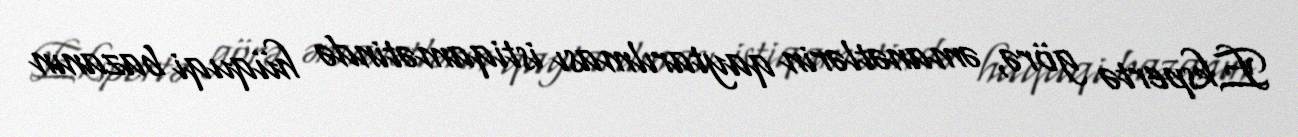
Ekspertə görə, əmanətlərin qaytarılması istiqamətində hüquqi bazanın